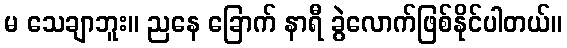
မ သေချာဘူး။ ညနေ ခြောက် နာရီ ခွဲလောက်ဖြစ်နိုင်ပါတယ်။